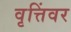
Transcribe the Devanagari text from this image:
वृत्तिंवर